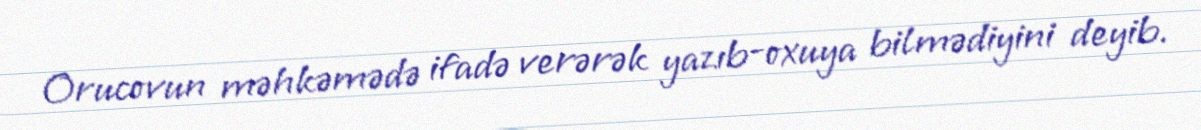
Orucovun məhkəmədə ifadə verərək yazıb-oxuya bilmədiyini deyib.